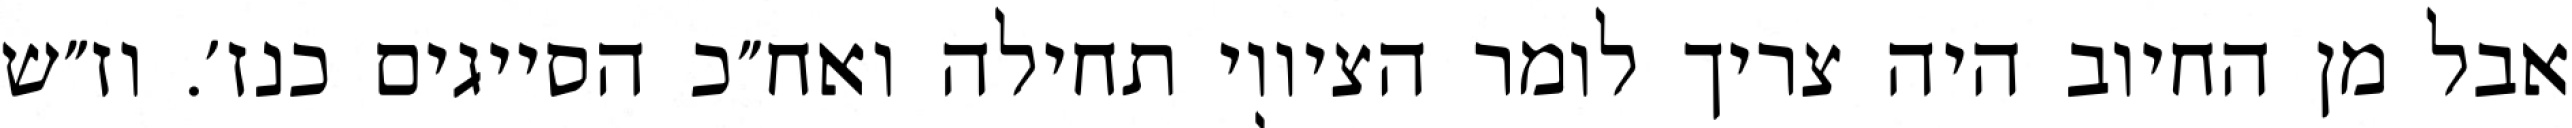
אבל מן החיוב היה צריך לומר הציווי תחילה ואח״כ הסייגים כנז׳. וז״ש